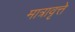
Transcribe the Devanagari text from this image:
मात्रावृत्ते